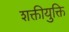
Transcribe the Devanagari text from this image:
शक्तीयुक्ति